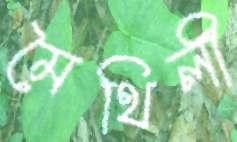
মৈথিলী